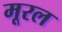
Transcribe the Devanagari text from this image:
मूरल